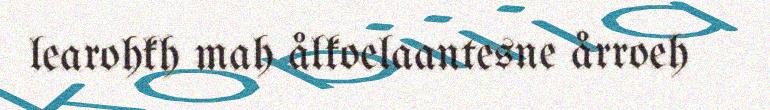
learohkh mah ålkoelaantesne årroeh